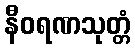
နီဝရဏသုတ္တံ